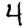
Digit: 4